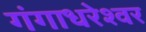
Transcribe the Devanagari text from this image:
गंगाधरेश्वर